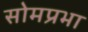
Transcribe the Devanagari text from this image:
सोमप्रभा